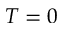
T = 0